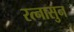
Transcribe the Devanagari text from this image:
रत्‍नासुन